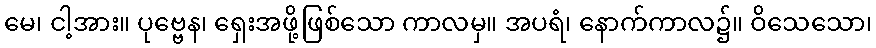
မေ၊ ငါ့အား။ ပုဗ္ဗေန၊ ရှေးအဖို့ဖြစ်သော ကာလမှ။ အပရံ၊ နောက်ကာလ၌။ ဝိသေသော၊